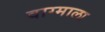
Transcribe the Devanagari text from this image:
वाग्माला